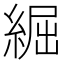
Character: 𦁐